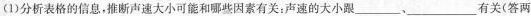
(1)分析表格的信息，推断声速大小可能和哪些因素有关：声速的大小跟___、___有关(答两